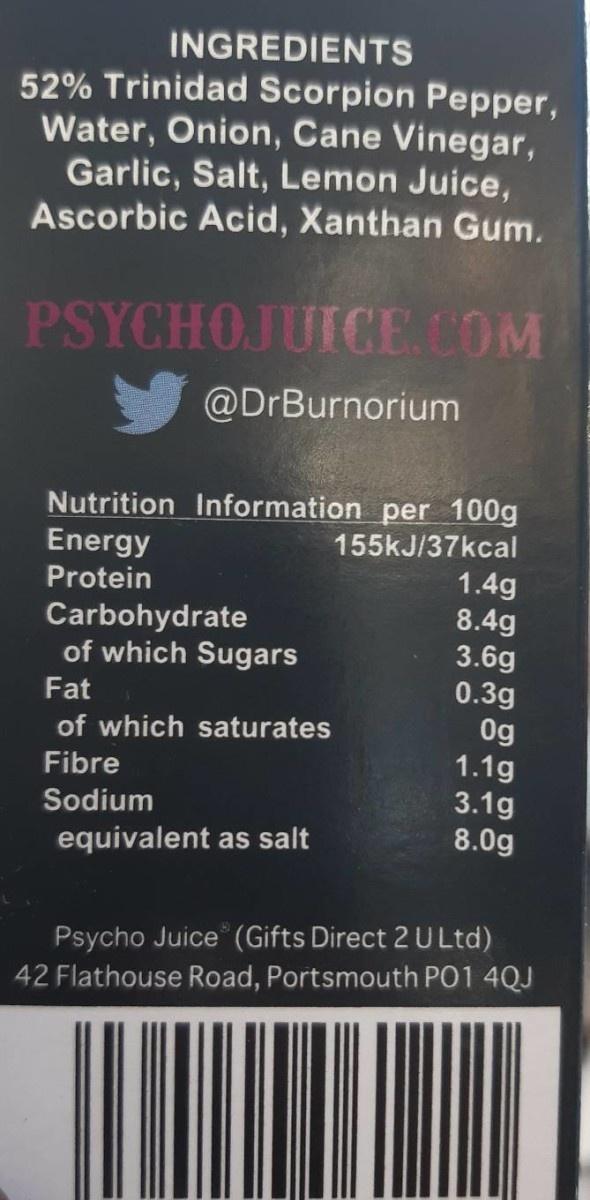
INGREDIENTS
52% Trinidad Scorpion Pepper, Water, Onion, Cane Vinegar, Garlic, Salt, Lemon Juice, Ascorbic Acid, Xanthan Gum.
PSYCHOJUICE.COM
@DrBurnorium
Nutrition Information per 100g Energy
155kJ/37kcal
1.4g 8.4g 3.6g 0.3g 0g 1.1g 3.1g 8.0g
Protein
Carbohydrate of which Sugars
Fat
of which saturates
Fibre
Sodium
equivalent as salt
Psycho Juice (Gifts Direct 2 U Ltd)
42 Flathouse Road, Portsmouth PO1 4QJ